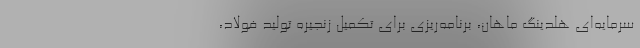
سرمایه‌ای هلدینگ ماهان، برنامه‌ریزی برای تکمیل زنجیره تولید فولاد،